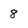
Character: 8